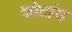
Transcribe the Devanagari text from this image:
कोर्टास